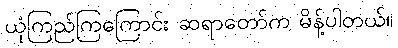
ယုံကြည်ကြကြောင်း ဆရာတော်က မိန့်ပါတယ်။